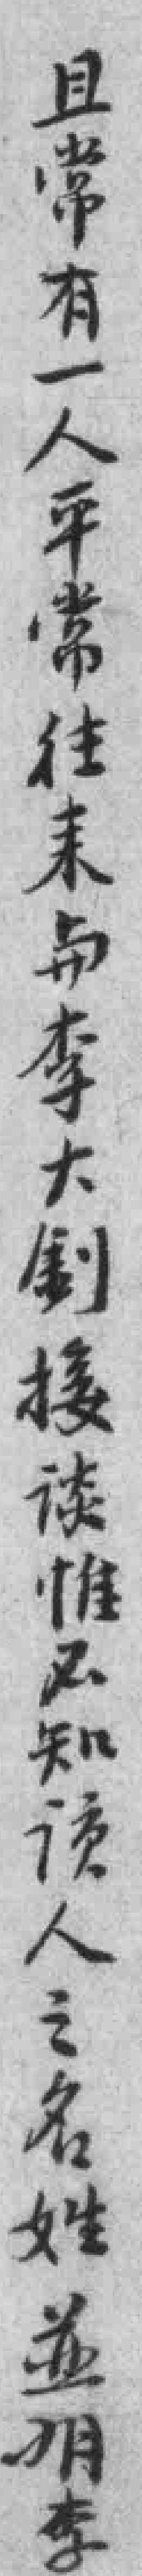
且常有一人平常往来与李大釗接谈惟不知该人之名姓並*李